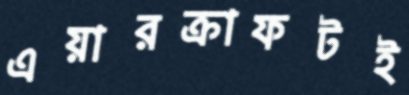
এয়ারক্রাফটই